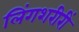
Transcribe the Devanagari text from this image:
लिंगशरीरीं